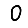
Digit: 0